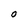
Character: O